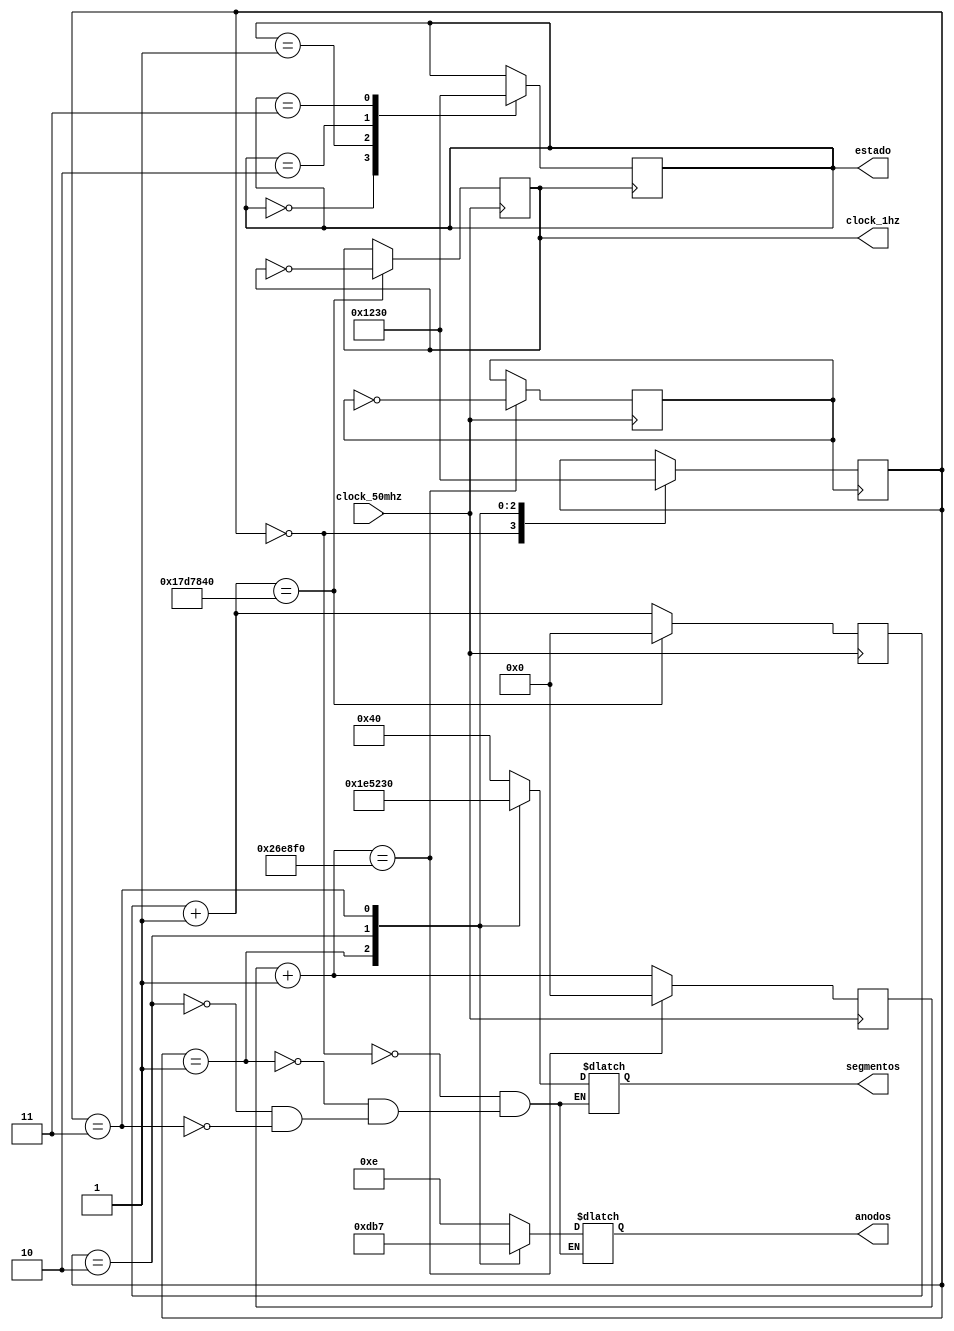
module S4A2(clock_50mhz, clock_1hz, segmentos, anodos,estado);

input clock_50mhz; 							//entrada de oscilacion del cristal externo
output reg clock_1hz; 						//clock 1 segundo
output reg [6:0] segmentos = 7'h3F; 	//apagar segmentos
output reg [3:0] anodos = 4'h0; 			//encender display1 y display 2 con el rotabit
output reg [3:0] estado = 0; 				//estado inicial para conectar 2 leds, 00, 01, 10, 11, 00 y se repite
reg [25:0] cuenta_para_1hz = 0; 			//inicializacion de la variable que servira para generar la salida de 1hz
reg [25:0] cuenta_para_2khz = 0;
reg clock_2khz = 0;
reg [3:0] rotabit = 0; 						//Para el corrimiento de anodos
reg [3:0] contador = 0;
parameter [6:0] cero = 	~7'h3F; 			
parameter [6:0] uno 	= 	~7'h06; 
parameter [6:0] dos 	= 	~7'h5B; 
parameter [6:0] tres = 	~7'h4F;

always @(posedge clock_50mhz) 			//genera una seal de 1hz
begin
cuenta_para_1hz = cuenta_para_1hz + 1;
if(cuenta_para_1hz == 25_000_000)
begin
clock_1hz = ~clock_1hz; 					//genera la seal de oscialcion, esta seal empezo en 0, valor inicial
cuenta_para_1hz = 0; 						//resetea el contador
end
end


always @(posedge clock_50mhz) 			//genera 1 seal de xkhz, hay que calcular bien el valor limite de la cuenta
begin
cuenta_para_2khz = cuenta_para_2khz + 1;
if(cuenta_para_2khz == 2_550_000)
begin
clock_2khz = ~clock_2khz; 					//genera la seal de oscialcion, esta seal empezo en 0, valor inicial
cuenta_para_2khz = 0; 						//resetea el contador
end
end


always @(posedge clock_2khz)
begin
case(rotabit)
0: rotabit <= 1;
1: rotabit <= 2;
2: rotabit <= 3;
3: rotabit <= 0;
endcase
end


always @(rotabit)
begin
case(rotabit)
0: anodos = 4'b1110;
1: anodos = 4'b1101;
2: anodos = 4'b1011;
3: anodos = 4'b0111;
endcase
end


always @(posedge clock_1hz)
begin
case(estado)
0: estado <= 1;
1: estado <= 2;
2: estado <= 3;
3: estado <= 0;
endcase
end


always @(rotabit)
begin
case(rotabit)
0: segmentos = cero;
1: segmentos = uno;
2: segmentos = dos;
3: segmentos = tres;
endcase
end
endmodule